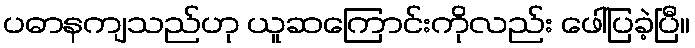
ပဓာနကျသည်ဟု ယူဆကြောင်းကိုလည်း ဖေါ်ပြခဲ့ပြီ။